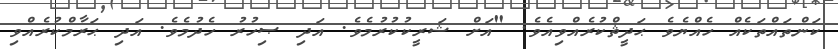
ކަންތައްތަކެއް ހެއްޔެވެ ޙަދީޘްކުރެއްވިއެވެ. "އަށް ޝަރީކުކުރުމެވެ. އަދި ޞިހުރު ހެދުމެވެ. އަދި ޙަރާމްކުރެއްވި